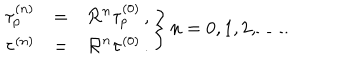
\left. \begin{array} { r c l } { { \tau _ { p } ^ { ( n ) } } } & { { = } } & { { { \cal R } ^ { n } \tau _ { p } ^ { ( 0 ) } \, , } } \\ { { \tau ^ { ( n ) } } } & { { = } } & { { { \cal R } ^ { n } \tau ^ { ( 0 ) } \, . } } \\ \end{array} \right\} n = 0 , 1 , 2 , \ldots .